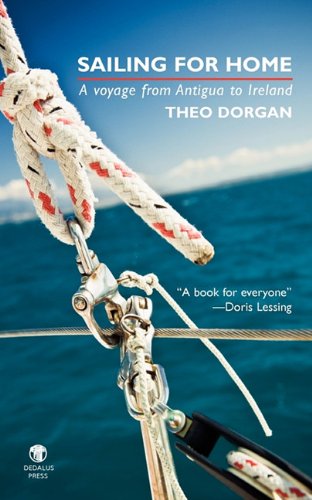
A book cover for Sailing for Home: A Voyage from Antigua to Ireland; Theo Dorgan; Travel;